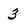
Character: 3